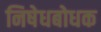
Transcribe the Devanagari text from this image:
निषेधबोधक